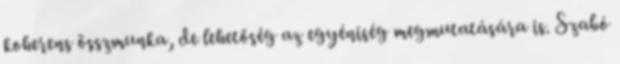
koherens összmunka, de lehetőség az egyéniség megmutatására is. Szabó